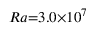
{ R a } { = } 3 . 0 { \times } 1 0 ^ { 7 }